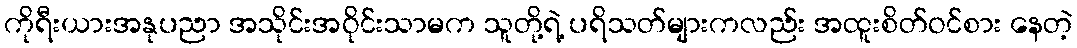
ကိုရီးယားအနုပညာ အသိုင်းအဝိုင်းသာမက သူတို့ရဲ့ ပရိသတ်များကလည်း အထူးစိတ်ဝင်စား နေတဲ့